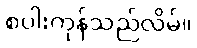
စပါးကုန်သည်လိမ်။